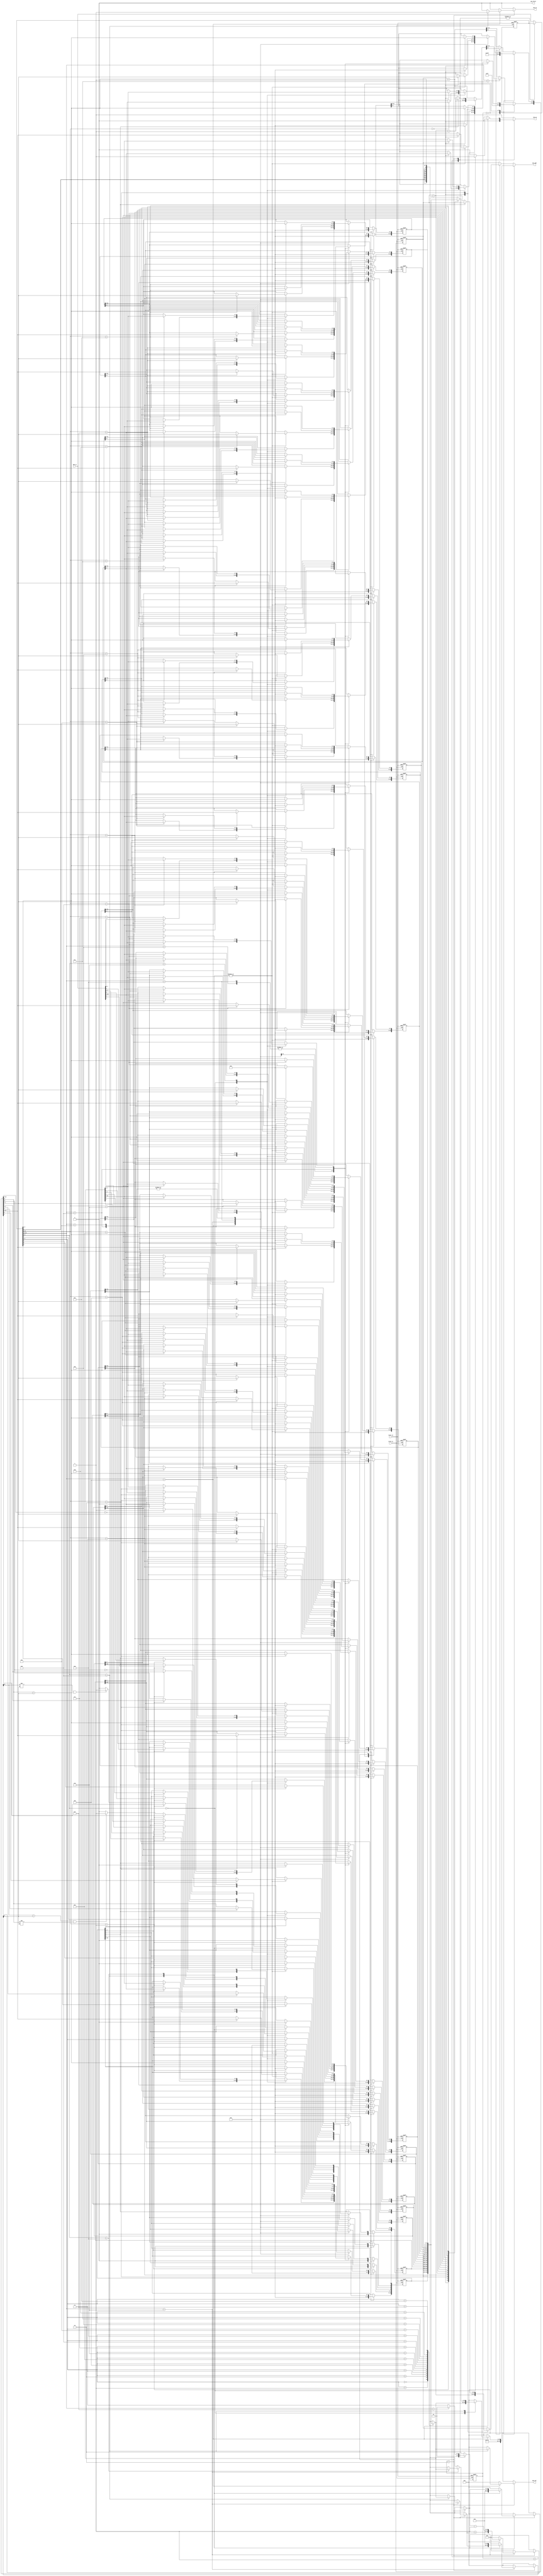
//a Note: created by CDL 1.3.6 - do not hand edit without recognizing it will be out of sync with the source
// Output mode 0 (VMOD=1, standard verilog=0)

//a Module lsa_core
module lsa_core
(
    clock_in,

    mem_in,
    reset_in,

    mem_fetch,
    mem_we,
    mem_oe,
    mem_add,
    mem_out
);

    //b Clocks
    input clock_in;

    //b Inputs
    input [15:0]mem_in;
    input reset_in;

    //b Outputs
    output mem_fetch;
    output mem_we;
    output mem_oe;
    output [15:0]mem_add;
    output [15:0]mem_out;

// output components here

    //b Output combinatorials
    reg mem_fetch;
    reg mem_we;
    reg mem_oe;
    reg [15:0]mem_add;
    reg [15:0]mem_out;

    //b Output nets

    //b Internal and output registers
    reg [15:0]reg__value[15:0];
    reg [1:0]xstate;
    reg [15:0]inst;

    //b Internal combinatorials
    reg [16:0]op_res;
    reg [16:0]op_b;
    reg [16:0]op_a;
    reg [1:0]xstate_next;
    reg [15:0]pc_temp;
    reg [15:0]pc_next;

    //b Internal nets

    //b Clock gating module instances
    //b Module instances
    //b the_code__comb combinatorial process
    always @( //the_code__comb
        xstate or
        inst or
        //reg__value - Xilinx does not want arrays in sensitivity lists
        reg__value[0] or
        reg__value[1] or
        reg__value[2] or
        reg__value[3] or
        reg__value[4] or
        reg__value[5] or
        reg__value[6] or
        reg__value[7] or
        reg__value[8] or
        reg__value[9] or
        reg__value[10] or
        reg__value[11] or
        reg__value[12] or
        reg__value[13] or
        reg__value[14] or
        reg__value[15] )
    begin: the_code__comb_code
    reg [15:0]pc_next__var;
    reg [15:0]pc_temp__var;
    reg mem_oe__var;
    reg mem_we__var;
    reg [15:0]mem_add__var;
    reg [15:0]mem_out__var;
    reg mem_fetch__var;
    reg [16:0]op_a__var;
    reg [16:0]op_b__var;
    reg [16:0]op_res__var;
    reg [1:0]xstate_next__var;
        pc_next__var = 16'h0;
        pc_temp__var = 16'h0;
        mem_oe__var = 1'h0;
        mem_we__var = 1'h0;
        mem_add__var = 16'h0;
        mem_out__var = 16'h0;
        mem_fetch__var = 1'h0;
        op_a__var = 17'h0;
        op_b__var = 17'h0;
        op_res__var = 17'h0;
        case (xstate) //synopsys parallel_case
        2'h0: // req 1
            begin
            xstate_next__var = 2'h2;
            mem_oe__var = 1'h1;
            mem_add__var = 16'h0;
            end
        2'h1: // req 1
            begin
            xstate_next__var = 2'h1;
            mem_add__var = 16'hffff;
            end
        2'h2: // req 1
            begin
            xstate_next__var = 2'h3;
            case (inst[15:12]) //synopsys parallel_case
            4'h4: // req 1
                begin
                case (inst[3:0]) //synopsys parallel_case
                4'h0: // req 1
                    begin
                    mem_add__var = reg__value[inst[7:4]];
                    mem_oe__var = 1'h1;
                    end
                4'h6: // req 1
                    begin
                    end
                4'h8: // req 1
                    begin
                    mem_add__var = reg__value[inst[11:8]];
                    mem_we__var = 1'h1;
                    mem_out__var = reg__value[inst[7:4]];
                    end
                default: // req 1
                    begin
                    end
                endcase
                end
            4'h6: // req 1
                begin
                case (inst[3:0]) //synopsys parallel_case
                4'h8: // req 1
                    begin
                    op_a__var = 17'h1;
                    op_b__var = {1'h0,reg__value[inst[7:4]]};
                    op_res__var = (op_a__var+op_b__var);
                    end
                4'h9: // req 1
                    begin
                    op_a__var = {1'h0,reg__value[inst[7:4]]};
                    op_b__var = 17'h1;
                    op_res__var = (op_a__var-op_b__var);
                    end
                default: // req 1
                    begin
                    end
                endcase
                end
            4'h8: // req 1
                begin
                end
            4'h9: // req 1
                begin
                end
            4'ha: // req 1
                begin
                end
            4'hb: // req 1
                begin
                end
            4'hf: // req 1
                begin
                xstate_next__var = 2'h1;
                end
            default: // req 1
                begin
                end
            endcase
            end
        default: // req 1
            begin
            xstate_next__var = 2'h2;
            mem_oe__var = 1'h1;
            mem_fetch__var = 1'h0;
            mem_add__var = reg__value[0];
            case (inst[15:12]) //synopsys parallel_case
            4'hc: // req 1
                begin
                pc_next__var = (reg__value[0]+16'h1);
                case (inst[11:8]) //synopsys parallel_case
                4'h0: // req 1
                    begin
                    pc_temp__var = (reg__value[0]+{{{{{{{{inst[7],inst[7]},inst[7]},inst[7]},inst[7]},inst[7]},inst[7]},inst[7]},inst[7:0]});
                    mem_add__var = pc_temp__var;
                    pc_next__var = (pc_temp__var+16'h1);
                    end
                4'h2: // req 1
                    begin
                    if ((reg__value[1][0]==1'h0))
                    begin
                        pc_temp__var = (reg__value[0]+{{{{{{{{inst[7],inst[7]},inst[7]},inst[7]},inst[7]},inst[7]},inst[7]},inst[7]},inst[7:0]});
                        mem_add__var = pc_temp__var;
                        pc_next__var = (pc_temp__var+16'h1);
                    end //if
                    end
                default: // req 1
                    begin
                    end
                endcase
                end
            default: // req 1
                begin
                end
            endcase
            end
        endcase
        pc_next = pc_next__var;
        pc_temp = pc_temp__var;
        mem_oe = mem_oe__var;
        mem_we = mem_we__var;
        mem_add = mem_add__var;
        mem_out = mem_out__var;
        mem_fetch = mem_fetch__var;
        op_a = op_a__var;
        op_b = op_b__var;
        op_res = op_res__var;
        xstate_next = xstate_next__var;
    end //always

    //b the_code__posedge_clock_in_active_low_reset_in clock process
    always @( posedge clock_in or negedge reset_in)
    begin : the_code__posedge_clock_in_active_low_reset_in__code
        if (reset_in==1'b0)
        begin
            inst <= 16'hffff;
            reg__value[0] <= 16'h0;
            reg__value[1] <= 16'h0;
            reg__value[2] <= 16'h0;
            reg__value[3] <= 16'h0;
            reg__value[4] <= 16'h0;
            reg__value[5] <= 16'h0;
            reg__value[6] <= 16'h0;
            reg__value[7] <= 16'h0;
            reg__value[8] <= 16'h0;
            reg__value[9] <= 16'h0;
            reg__value[10] <= 16'h0;
            reg__value[11] <= 16'h0;
            reg__value[12] <= 16'h0;
            reg__value[13] <= 16'h0;
            reg__value[14] <= 16'h0;
            reg__value[15] <= 16'h0;
            xstate <= 2'h0;
        end
        else
        begin
            case (xstate) //synopsys parallel_case
            2'h0: // req 1
                begin
                inst <= mem_in;
                reg__value[0] <= 16'h1;
                reg__value[1] <= 16'h0;
                reg__value[2] <= 16'h0;
                reg__value[3] <= 16'h0;
                reg__value[4] <= 16'h0;
                reg__value[5] <= 16'h0;
                reg__value[6] <= 16'h0;
                reg__value[7] <= 16'h0;
                reg__value[8] <= 16'h0;
                reg__value[9] <= 16'h0;
                reg__value[10] <= 16'h0;
                reg__value[11] <= 16'h0;
                reg__value[12] <= 16'h0;
                reg__value[13] <= 16'h0;
                reg__value[14] <= 16'h0;
                reg__value[15] <= 16'h0;
                end
            2'h1: // req 1
                begin
                inst <= inst;
                reg__value[0] <= 16'hffff;
                end
            2'h2: // req 1
                begin
                inst <= inst;
                case (inst[15:12]) //synopsys parallel_case
                4'h4: // req 1
                    begin
                    case (inst[3:0]) //synopsys parallel_case
                    4'h0: // req 1
                        begin
                        reg__value[inst[11:8]] <= mem_in;
                        end
                    4'h6: // req 1
                        begin
                        reg__value[inst[11:8]] <= reg__value[inst[7:4]];
                        end
                    4'h8: // req 1
                        begin
                        end
                    default: // req 1
                        begin
                        end
                    endcase
                    end
                4'h6: // req 1
                    begin
                    case (inst[3:0]) //synopsys parallel_case
                    4'h8: // req 1
                        begin
                        reg__value[1][1] <= op_res[16];
                        reg__value[1][2] <= op_res[15];
                        if ((op_res[15:0]==16'h0))
                        begin
                            reg__value[1][0] <= 1'h1;
                        end //if
                        else
                        begin
                            reg__value[1][0] <= 1'h0;
                        end //else
                        if (((op_a[15]==op_b[15])&&(op_res[15]!=op_b[15])))
                        begin
                            reg__value[1][3] <= 1'h1;
                        end //if
                        else
                        begin
                            reg__value[1][3] <= 1'h0;
                        end //else
                        reg__value[inst[11:8]] <= op_res[15:0];
                        end
                    4'h9: // req 1
                        begin
                        reg__value[1][1] <= ~op_res[16];
                        reg__value[1][2] <= op_res[15];
                        if ((op_res[15:0]==16'h0))
                        begin
                            reg__value[1][0] <= 1'h1;
                        end //if
                        else
                        begin
                            reg__value[1][0] <= 1'h0;
                        end //else
                        if (((op_a[15]!=op_b[15])&&(op_res[15]==op_b[15])))
                        begin
                            reg__value[1][3] <= 1'h1;
                        end //if
                        else
                        begin
                            reg__value[1][3] <= 1'h0;
                        end //else
                        reg__value[inst[11:8]] <= op_res[15:0];
                        end
                    default: // req 1
                        begin
                        end
                    endcase
                    end
                4'h8: // req 1
                    begin
                    reg__value[inst[11:8]][15:8] <= 8'h0;
                    reg__value[inst[11:8]][7:0] <= inst[7:0];
                    end
                4'h9: // req 1
                    begin
                    reg__value[inst[11:8]][15:8] <= inst[7:0];
                    reg__value[inst[11:8]][7:0] <= 8'h0;
                    end
                4'ha: // req 1
                    begin
                    reg__value[inst[11:8]][7:0] <= inst[7:0];
                    end
                4'hb: // req 1
                    begin
                    reg__value[inst[11:8]][15:8] <= inst[7:0];
                    end
                4'hf: // req 1
                    begin
                    end
                default: // req 1
                    begin
                    end
                endcase
                end
            default: // req 1
                begin
                reg__value[0] <= (reg__value[0]+16'h1);
                case (inst[15:12]) //synopsys parallel_case
                4'hc: // req 1
                    begin
                    reg__value[0] <= pc_next;
                    end
                default: // req 1
                    begin
                    end
                endcase
                inst <= mem_in;
                end
            endcase
            xstate <= xstate_next;
        end //if
    end //always

endmodule // lsa_core